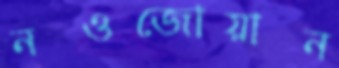
নওজোয়ান